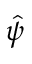
\hat { \psi }